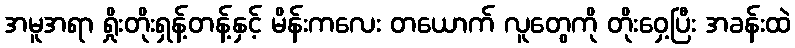
အမူအရာ ရှိုးတိုးရှန့်တန့်နှင့် မိန်းကလေး တယောက် လူတွေကို တိုးဝှေ့ပြီး အခန်းထဲ